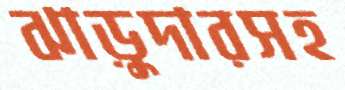
ঝাড়ুদারসহ